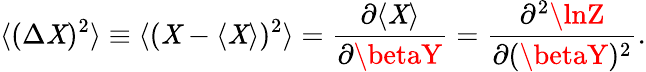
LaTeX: \langle(\Delta\mathit{X})^{2}\rangle\equiv\langle(\mathit{X}-\langle\mathit{X}\rangle)^{2}\rangle={\frac{{\partial\langle\mathit{X}\rangle}}{{\partial\betaY}}}={\frac{{\partial^{2}\lnZ}}{{\partial(\betaY)^{2}}}}.